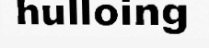
hulloing